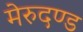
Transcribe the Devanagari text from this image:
मेरुदण्‍ड